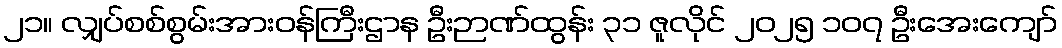
၂၁။ လျှပ်စစ်စွမ်းအားဝန်ကြီးဌာန ဦးဉာဏ်ထွန်း ၃၁ ဇူလိုင် ၂၀၂၅ ၁၀၇ ဦးအေးကျော်